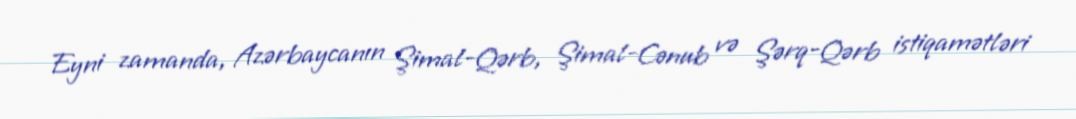
Eyni zamanda, Azərbaycanın Şimal-Qərb, Şimal-Cənub və Şərq-Qərb istiqamətləri